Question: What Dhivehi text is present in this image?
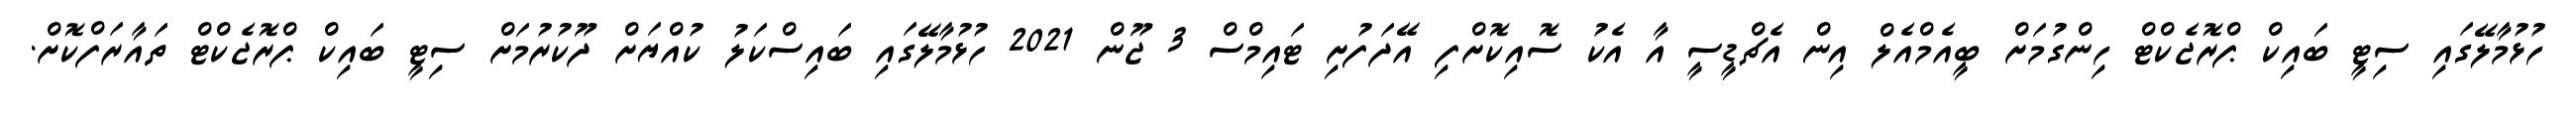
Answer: ހުޅުމާލޭގައި ސިޓީ ބައިކް ޕްރޮޖެކްޓް ހިންގުމަށް ބީއެމްއެލް އިން އެޗްޑީސީ އާ އެކު ސޮއިކޮށްފި އޭދަފުށި ޓައިމްސް 3 ޖޫން 2021 ހުޅުމާލޭގައި ބައިސްކަލު ކުއްޔަށް ދޫކުރުމަށް ސިޓީ ބައިކް ޕްރޮޖެކްޓް ތައާރަފްކޮށް.